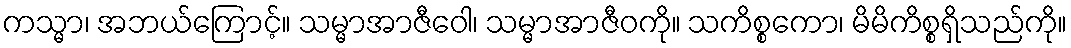
ကသ္မာ၊ အဘယ်ကြောင့်။ သမ္မာအာဇီဝေါ၊ သမ္မာအာဇီဝကို။ သကိစ္စကော၊ မိမိကိစ္စရှိသည်ကို။